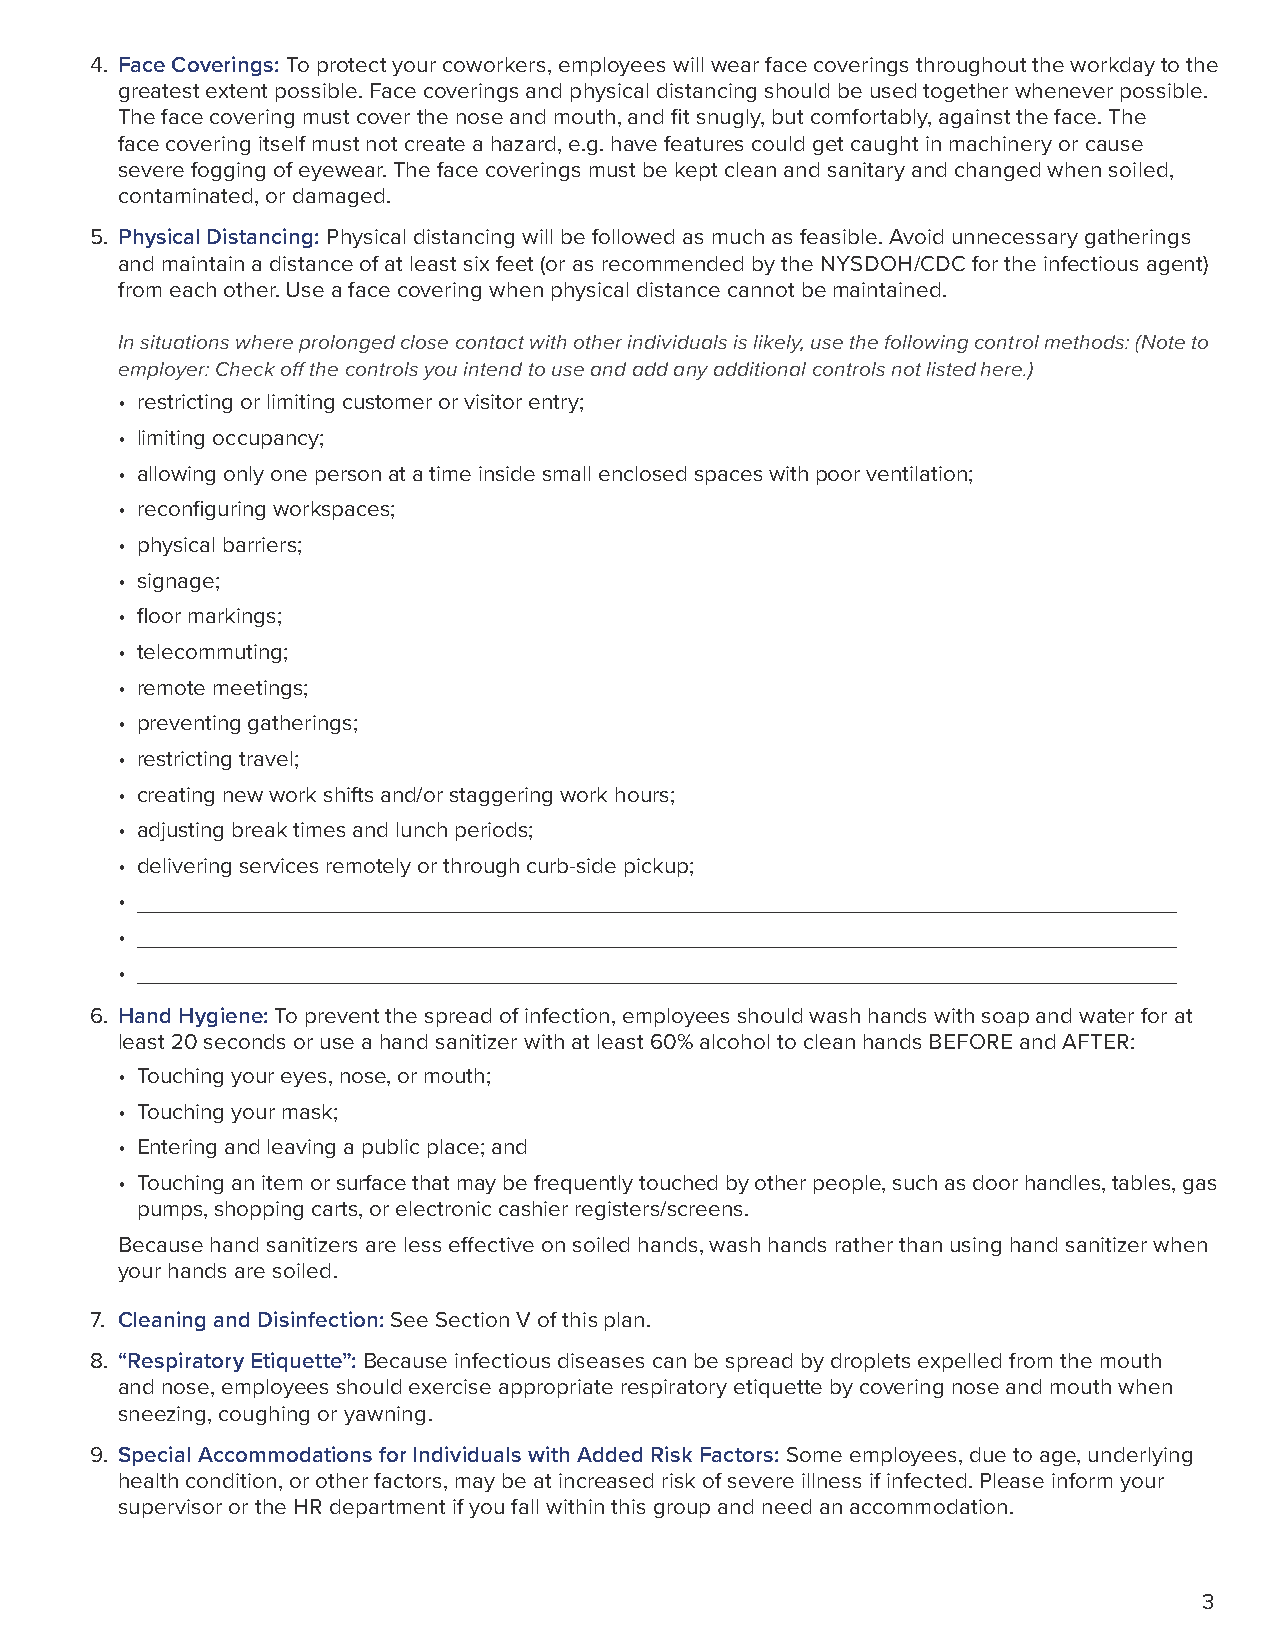
4. Face Coverings: To protect your coworkers, employees will wear face coverings throughout the workday to the
 greatest extent possible. Face coverings and physical distancing should be used together whenever possible.
 The face covering must cover the nose and mouth, and fit snugly, but comfortably, against the face. The
 face covering itself must not create a hazard, e.g. have features could get caught in machinery or cause
 severe fogging of eyewear. The face coverings must be kept clean and sanitary and changed when soiled,
 contaminated, or damaged.
 5. Physical Distancing: Physical distancing will be followed as much as feasible. Avoid unnecessary gatherings
 and maintain a distance of at least six feet (or as recommended by the NYSDOH/CDC for the infectious agent)
 from each other. Use a face covering when physical distance cannot be maintained.
 In situations where prolonged close contact with other individuals is likely, use the following control methods: (Note to
 employer: Check off the controls you intend to use and add any additional controls not listed here.)
 • restricting or limiting customer or visitor entry;
 • limiting occupancy;
 • allowing only one person at a time inside small enclosed spaces with poor ventilation;
 • reconfiguring workspaces;
 • physical barriers;
 • signage;
 • floor markings;
 • telecommuting;
 • remote meetings;
 • preventing gatherings;
 • restricting travel;
 • creating new work shifts and/or staggering work hours;
 • adjusting break times and lunch periods;
 • delivering services remotely or through curb-side pickup;
 •
 •
 •
 6. Hand Hygiene: To prevent the spread of infection, employees should wash hands with soap and water for at
 least 20 seconds or use a hand sanitizer with at least 60% alcohol to clean hands BEFORE and AFTER:
 • Touching your eyes, nose, or mouth;
 • Touching your mask;
 • Entering and leaving a public place; and
 • Touching an item or surface that may be frequently touched by other people, such as door handles, tables, gas
 pumps, shopping carts, or electronic cashier registers/screens.
 Because hand sanitizers are less effective on soiled hands, wash hands rather than using hand sanitizer when
 your hands are soiled.
 7. Cleaning and Disinfection: See Section V of this plan.
 8. “Respiratory Etiquette”: Because infectious diseases can be spread by droplets expelled from the mouth
 and nose, employees should exercise appropriate respiratory etiquette by covering nose and mouth when
 sneezing, coughing or yawning.
 9. Special Accommodations for Individuals with Added Risk Factors: Some employees, due to age, underlying
 health condition, or other factors, may be at increased risk of severe illness if infected. Please inform your
 supervisor or the HR department if you fall within this group and need an accommodation.
 3